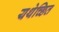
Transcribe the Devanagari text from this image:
यथेच्छित